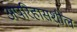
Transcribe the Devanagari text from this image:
अपरिहासशील